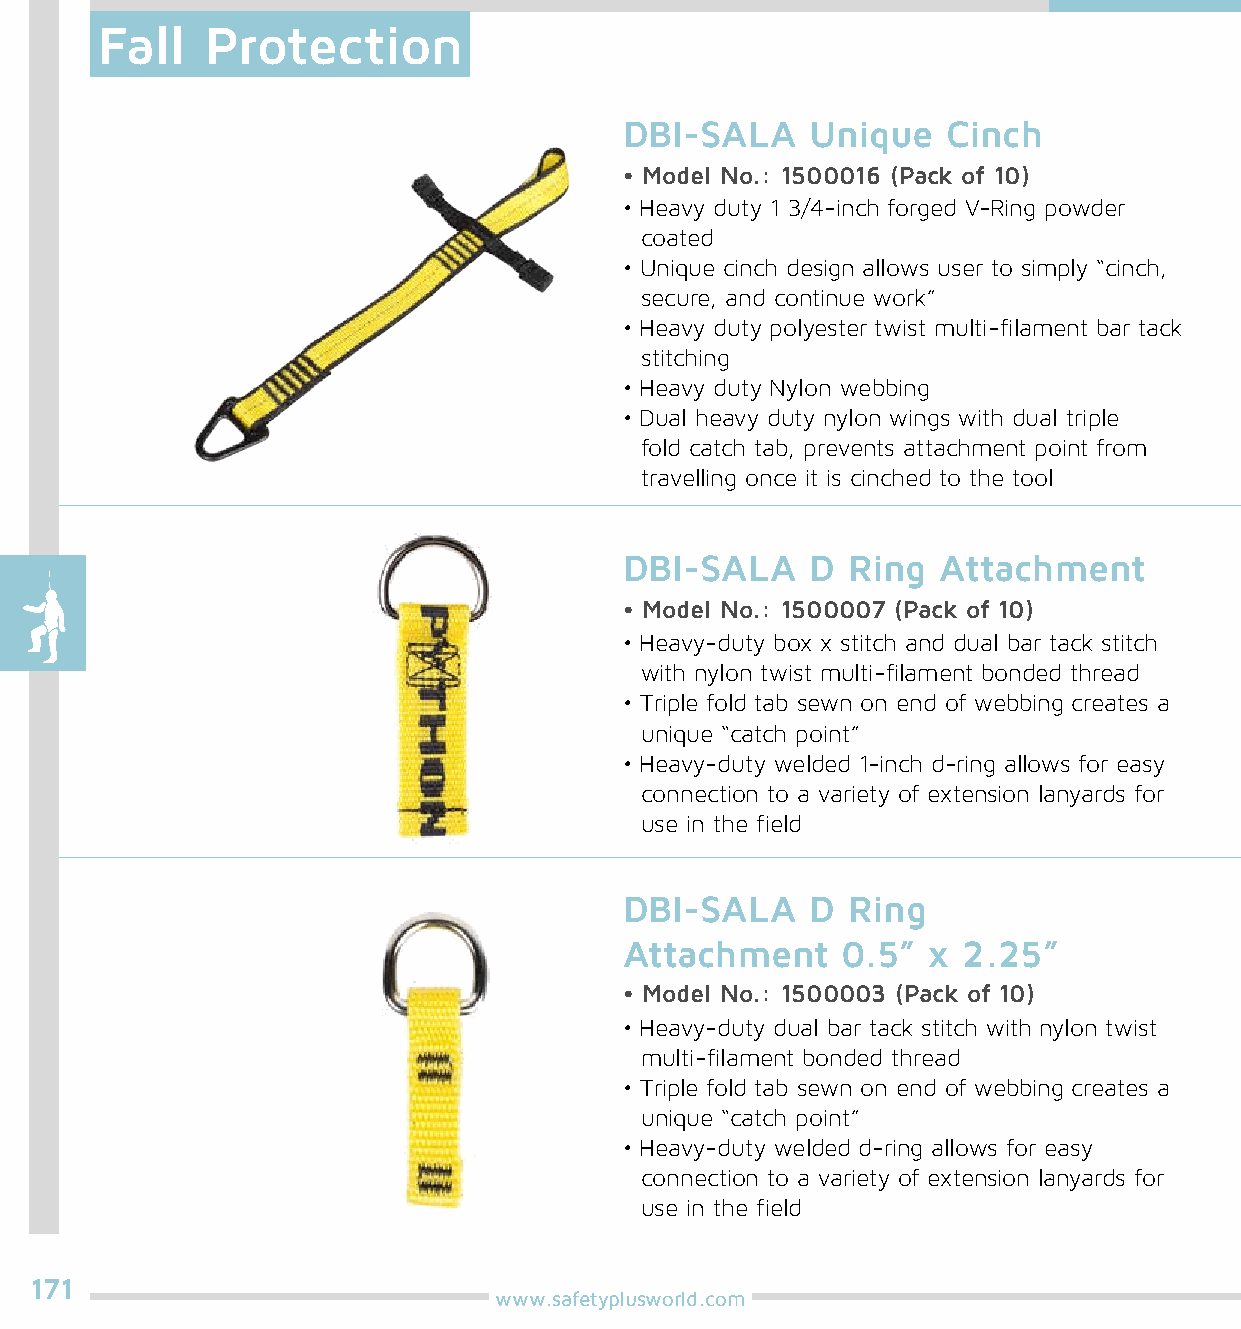
Fall    Protection
 DBI-SALA     Unique   Cinch
 • Model No.: 1500016 (Pack of 10)
 • Heavy duty 1 3/4-inch forged V-Ring powder
 coated
 • Unique cinch design allows user to simply “cinch,
 secure, and continue work”
 • Heavy duty polyester twist multi-filament bar tack
 stitching
 • Heavy duty Nylon webbing
 • Dual heavy duty nylon wings with dual triple
 fold catch tab, prevents attachment point from
 travelling once it is cinched to the tool
 DBI-SALA     D Ring  Attachment
 • Model No.: 1500007 (Pack of 10)
 • Heavy-duty box x stitch and dual bar tack stitch
 with nylon twist multi-filament bonded thread
 • Triple fold tab sewn on end of webbing creates a
 unique “catch point”
 • Heavy-duty welded 1-inch d-ring allows for easy
 connection to a variety of extension lanyards for
 use in the field
 DBI-SALA     D Ring
 Attachment     0.5” x  2.25”
 • Model No.: 1500003 (Pack of 10)
 • Heavy-duty dual bar tack stitch with nylon twist
 multi-filament bonded thread
 • Triple fold tab sewn on end of webbing creates a
 unique “catch point”
 • Heavy-duty welded d-ring allows for easy
 connection to a variety of extension lanyards for
 use in the field
 171
 www.safetyplusworld.com